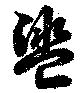
盥